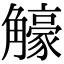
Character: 𧥉